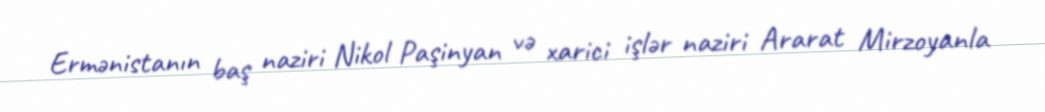
Ermənistanın baş naziri Nikol Paşinyan və xarici işlər naziri Ararat Mirzoyanla